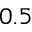
0 . 5